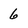
Character: 6